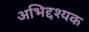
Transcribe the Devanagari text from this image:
अभिद्दश्यक